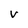
Character: V